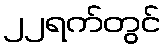
၂၂ရက်တွင်